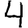
Digit: 4